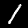
Digit: 1